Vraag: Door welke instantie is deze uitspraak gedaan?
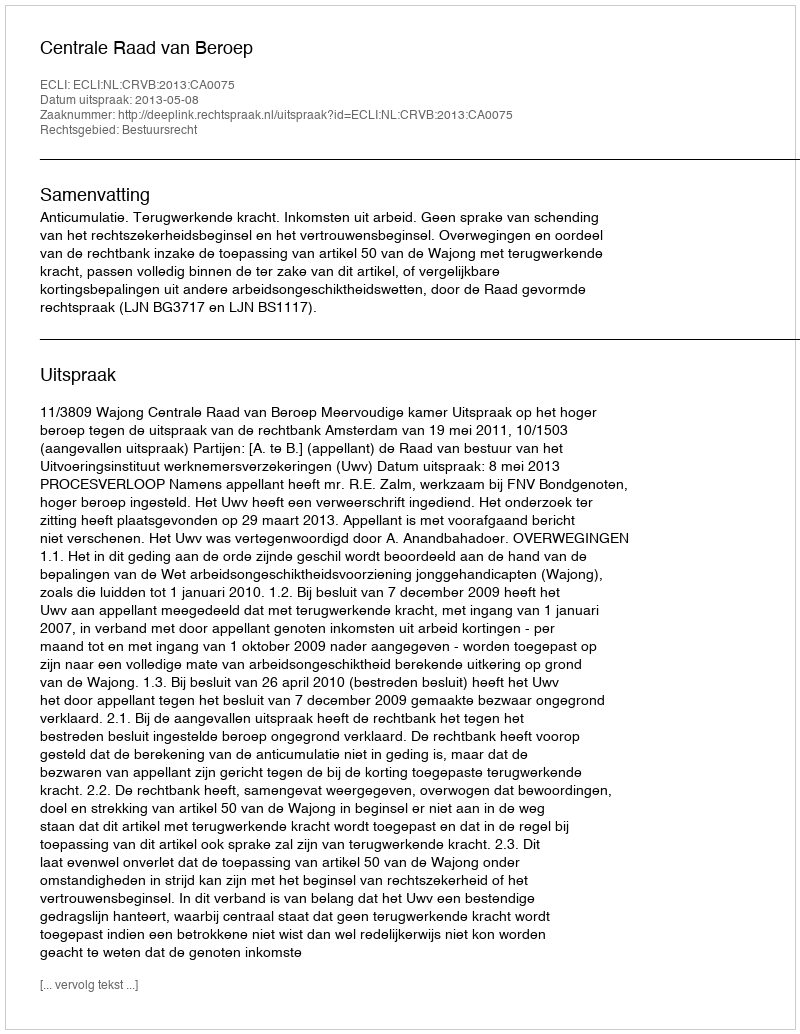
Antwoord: Centrale Raad van Beroep